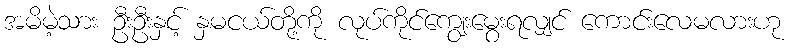
အမိမဲ့သား ဦးဦးနှင့် နှမငယ်တို့ကို လုပ်ကိုင်ကျွေးမွေးရလျှင် ကောင်းလေမလားဟု